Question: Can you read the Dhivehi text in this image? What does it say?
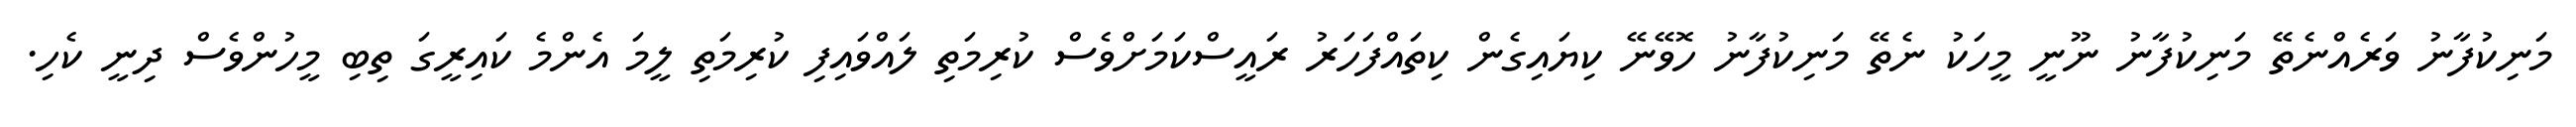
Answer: މަނިކުފާނު ވަރެއްނެތޭ މަނިކުފާނު ނޫނީ މީހަކު ނެތޭ މަނިކުފާނު ހޮވޭނޭ ކިޔައިގެން ކިތައްފަހަރު ރައީސްކަމަށްވެސް ކުރިމަތި ލައްވައިފި ކުރިމަތި ލީމަ އެންމެ ކައިރީގަ ތިބި މީހުންވެސް ދިނީ ކެހި.